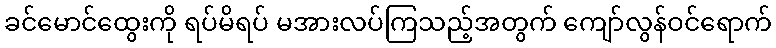
ခင်မောင်ထွေးကို ရပ်မိရပ် မအားလပ်ကြသည့်အတွက် ကျော်လွန်ဝင်ရောက်